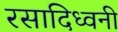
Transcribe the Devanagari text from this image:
रसादिध्वनी